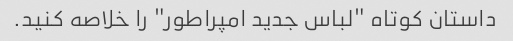
داستان کوتاه "لباس جدید امپراطور" را خلاصه کنید.